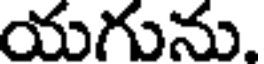
యగును.